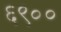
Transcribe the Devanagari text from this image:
६९००